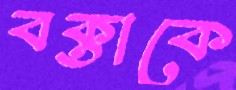
বক্তাকে